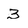
Character: 3